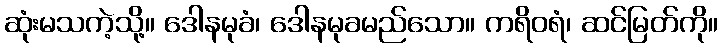
ဆုံးမသကဲ့သို့။ ဒေါနမုခံ၊ ဒေါနမုခမည်သော။ ကရိဝရံ၊ ဆင်မြတ်ကို။